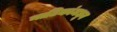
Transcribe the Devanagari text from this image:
नाटिकांमधून